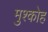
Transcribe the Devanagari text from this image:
मुश्कोह